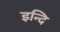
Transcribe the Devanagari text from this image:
इन्दि